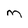
Character: m